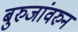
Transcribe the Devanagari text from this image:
बुरुजांवरुन